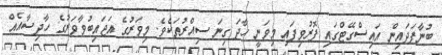
ބުނާފަދައިން އައިސްގޭޓްގައި ފޮރުވިފައި މިވަނީ ހާދަ ގިނަ ސިއްރުތަކެވެ. މިވަރުގެ އަޖައިބުވާވަރުގެ ހާދިސާއެއް